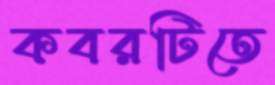
কবরটিতে